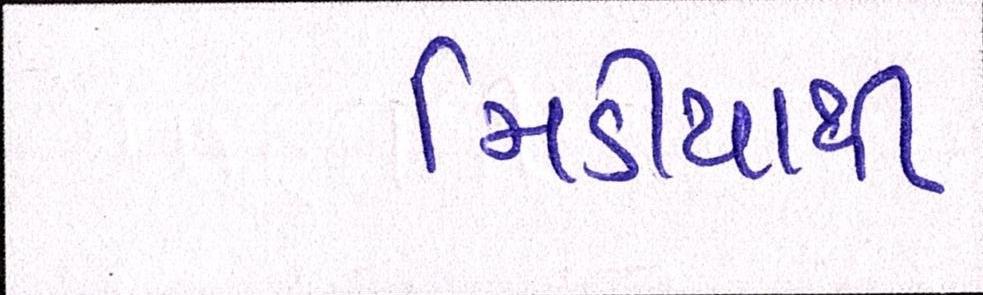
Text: મિડીયાથી